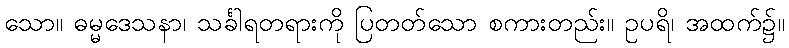
သော။ ဓမ္မဒေသနာ၊ သင်္ခါရတရားကို ပြတတ်သော စကားတည်း။ ဥပရိ၊ အထက်၌။